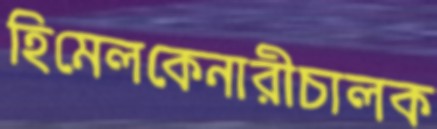
হিমেলকেনারীচালক